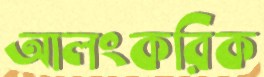
আলংকরিক